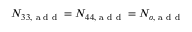
N _ { 3 3 , { \textrm { a d d } } } = N _ { 4 4 , { \textrm { a d d } } } = N _ { o , { \textrm { a d d } } }